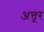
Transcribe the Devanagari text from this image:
अत्तूर